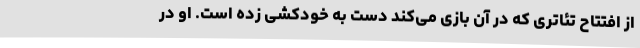
از افتتاح تئاتری که در آن بازی می‌کند دست به خودکشی زده است. او در